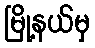
မြို့နယ်မှ